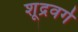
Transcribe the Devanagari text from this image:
शूद्रवर्ग